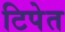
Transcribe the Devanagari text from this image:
टिपेत